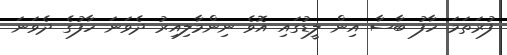
ފުރަތަމަ ހާފު ބާސާ އިން ލީޑުގައި އޮވެ ނިންމާލިއިރު ދެވަނަ ހާފުގެ ދެވަނަ